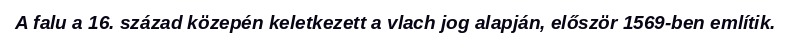
A falu a 16. század közepén keletkezett a vlach jog alapján, először 1569-ben említik.